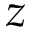
z